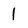
Character: 1